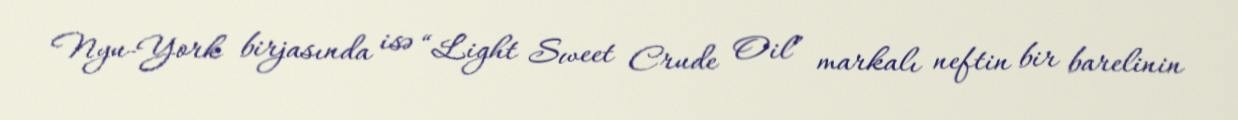
Nyu-York birjasında isə “Light Sweet Crude Oil” markalı neftin bir barelinin